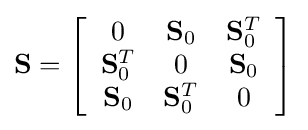
\mathbf {S} =\left[{\begin{array}{ccc}0&\mathbf {S} _{0}&\mathbf {S} _{0}^{T}\\\mathbf {S} _{0}^{T}&0&\mathbf {S} _{0}\\\mathbf {S} _{0}&\mathbf {S} _{0}^{T}&0\end{array}}\right]